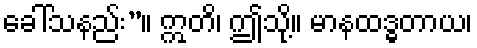
ခေါ်သနည်း”။ ဣတိ၊ ဤသို့။ မာနထဒ္ဓတာယ၊